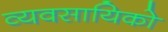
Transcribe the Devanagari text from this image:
व्यवसायिको